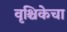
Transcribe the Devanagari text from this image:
वृश्चिकेचा